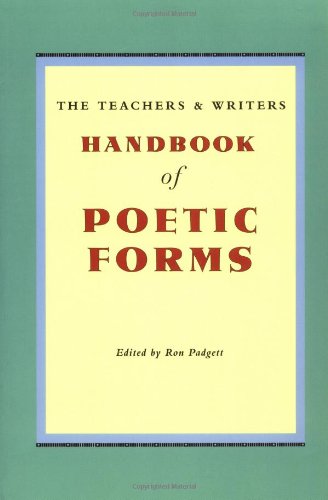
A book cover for The Teachers and Writers Handbook of Poetic Forms; Literature & Fiction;